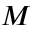
M